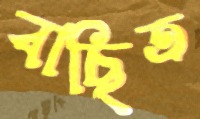
বাছিত